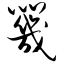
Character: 咒